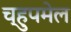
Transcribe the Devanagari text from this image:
च्हुपमेल